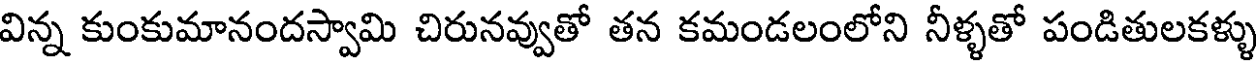
విన్న కుంకుమానందస్వామి చిరునవ్వుతో తన కమండలంలోని నీళ్ళతో పండితులకళ్ళు